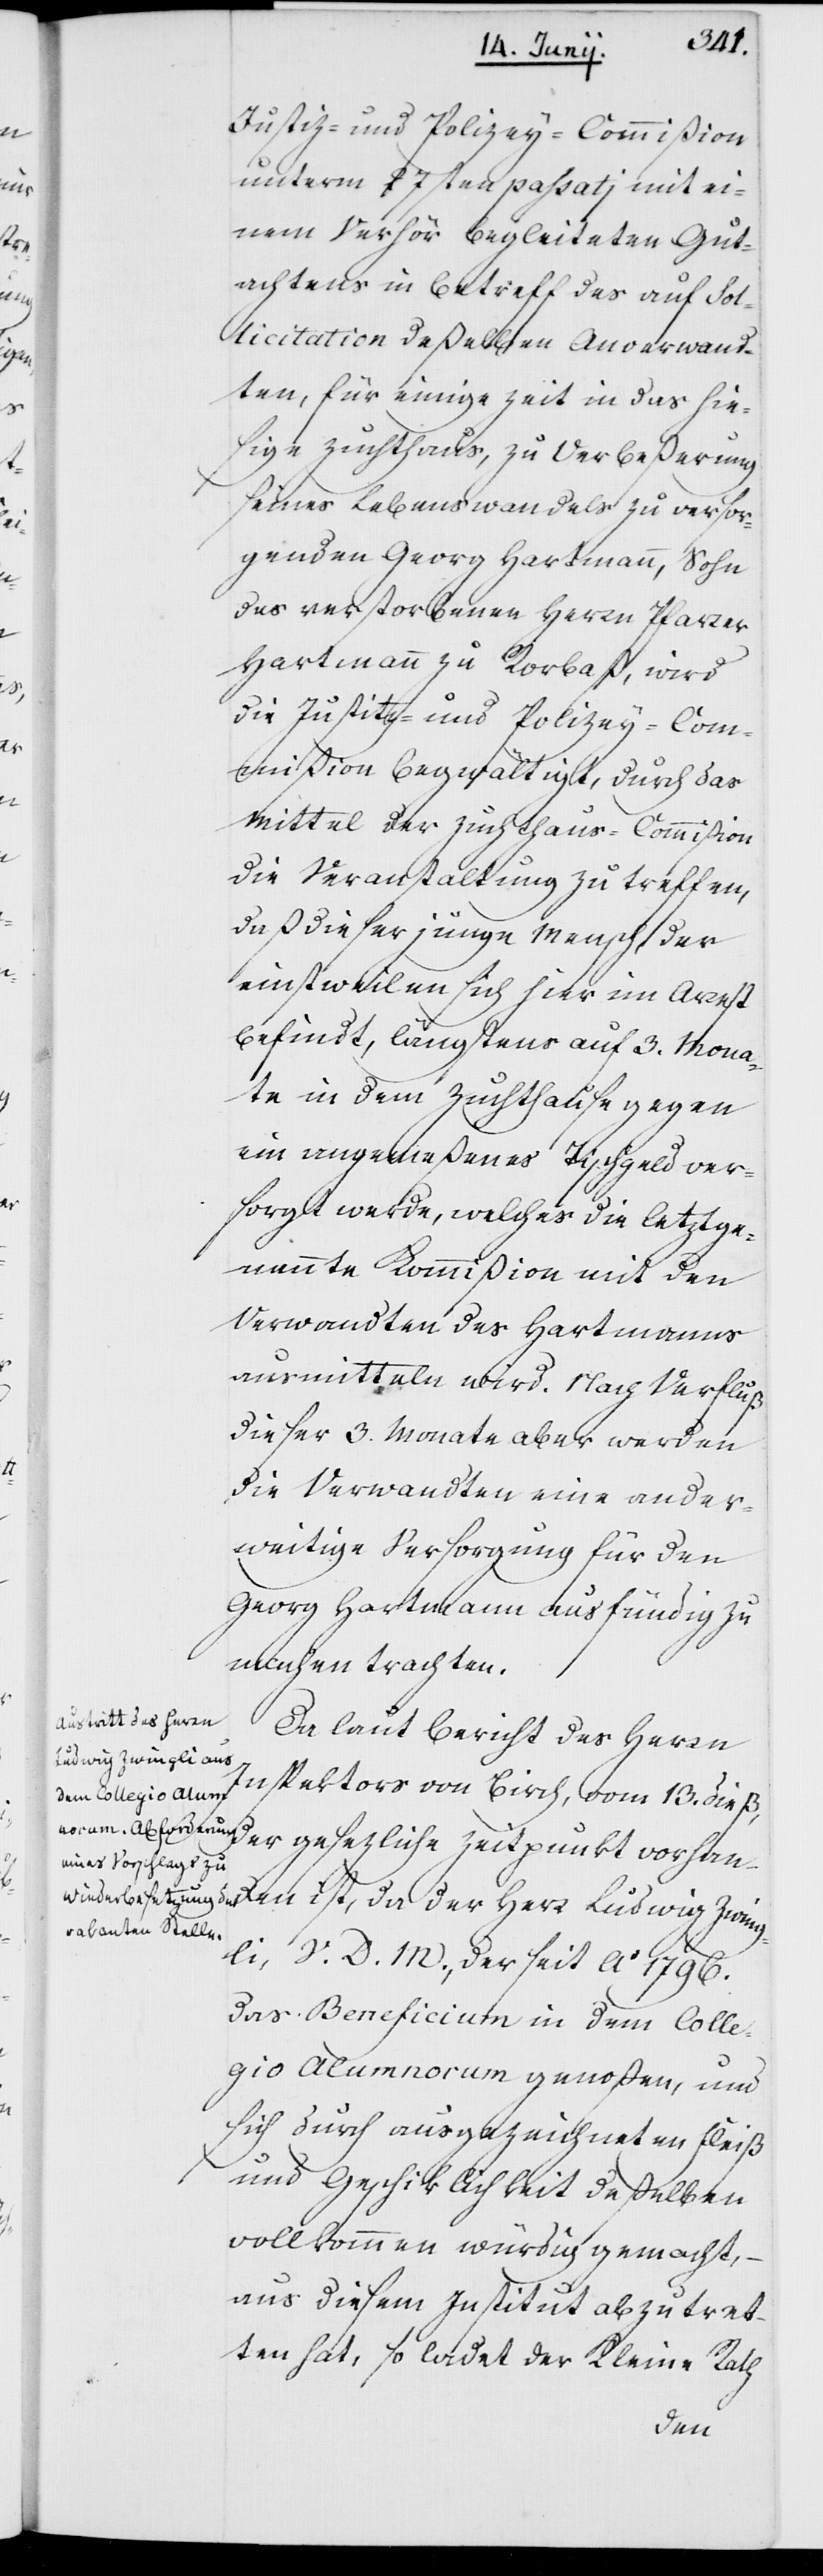
Justiz- und Polizeykommißion
unterm 27sten passatj mit ei¬
nem Verhör begleiteten Gut¬
achtens in Betreff des auf Sol¬
licitation deßelben Anverwand¬
ten, für einige Zeit in das hie¬
sige Zuchthaus, zu Verbeßerung
seines Lebenswandels zu versor¬
genden Georg Hartmann, Sohn
des verstorbenen Herrn Pfarrer
Hartmann zu Rorbaß, wird
die Justiz- und Polizeykom¬
mißion begwältigt, durch das
Mittel der Zuchthaus-Commißion
die Veranstaltung zu treffen,
daß dieser junge Mensch, der
einstweilen sich hier im Arrest
befindt, längstens auf 3. Mona¬
te in dem Zuchthause gegen
ein angemeßenes Tischgeld ver¬
sorgt werde, welches die letztge¬
nannte Kommißion mit den
Verwandten des Hartmanns
ausmitteln wird. Nach Verfluß
dieser drey Monate aber werden
die Verwandten eine ander¬
weitige Versorgung für den
Georg Hartmann ausfündig zu
machen trachten.
Da laut Bericht des Herrn
Inspektors von Birch vom 13. dieß,
der gesetzliche Zeitpunkt vorhan¬
den ist, da der Herr Ludwig Zwing¬
li, V. D. M., der seit Ao 1796.
das Beneficium in dem Colle¬
gio Alumnorum genoßen, und
sich durch ausgezeichneten Fleiß
und Geschiklichkeit deßelben
vollkommen würdig gemacht,
aus diesem Institut abzutret¬
ten hat, so ladet der Kleine Rath